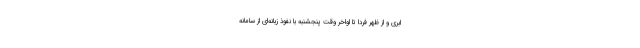
ابری و از ظهر فردا تا اواخر وقت پنجشنبه با نفوذ زبانه‌ای از سامانه